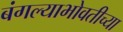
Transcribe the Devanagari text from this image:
बंगल्याभोवतीच्या